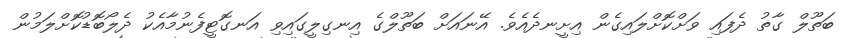
ބަތޫލް ގާތު ދެފައި ވަށްކޮށްލައިގެން އިށީނދެއެވެ. އޭނައަށް ބަތޫލްގެ އިނގިލީގައިވި އަނގޮޓީފެނުމާއެކު ދެލޯބޮޑުކޮށްލަމުން